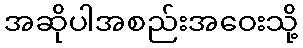
အဆိုပါအစည်းအဝေးသို့